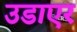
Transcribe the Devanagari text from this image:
उडाएर